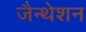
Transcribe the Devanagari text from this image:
जैन्थेशन